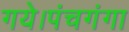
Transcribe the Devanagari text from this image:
गये।पंचगंगा